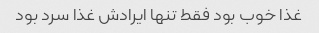
غذا خوب بود فقط تنها ایرادش غذا سرد بود